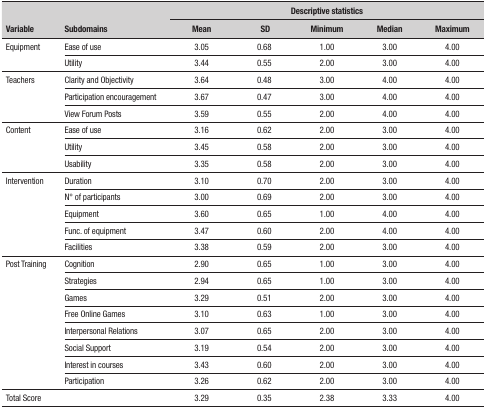
| <ROWSPAN=2> Variable | <ROWSPAN=2> Subdomains | <COLSPAN=5> Descriptive statistics |
 | Mean | SD | Minimum | Median | Maximum |
 | --- | --- | --- | --- | --- | --- | --- |
 | <ROWSPAN=2> Equipment | Ease of use | 3.05 | 0.68 | 1.00 | 3.00 | 4.00 |
 | Utility | 3.44 | 0.55 | 2.00 | 3.00 | 4.00 |
 | <ROWSPAN=3> Teachers | Clarity and Objectivity | 3.64 | 0.48 | 3.00 | 4.00 | 4.00 |
 | Participation encouragement | 3.67 | 0.47 | 3.00 | 4.00 | 4.00 |
 | View Forum Posts | 3.59 | 0.55 | 2.00 | 4.00 | 4.00 |
 | <ROWSPAN=3> Content | Ease of use | 3.16 | 0.62 | 2.00 | 3.00 | 4.00 |
 | Utility | 3.45 | 0.58 | 2.00 | 3.00 | 4.00 |
 | Usability | 3.35 | 0.58 | 2.00 | 3.00 | 4.00 |
 | <ROWSPAN=5> Intervention | Duration | 3.10 | 0.70 | 2.00 | 3.00 | 4.00 |
 | N° of participants | 3.00 | 0.69 | 2.00 | 3.00 | 4.00 |
 | Equipment | 3.60 | 0.65 | 1.00 | 4.00 | 4.00 |
 | Func. of equipment | 3.47 | 0.60 | 2.00 | 4.00 | 4.00 |
 | Facilities | 3.38 | 0.59 | 2.00 | 3.00 | 4.00 |
 | <ROWSPAN=8> Post Training | Cognition | 2.90 | 0.65 | 1.00 | 3.00 | 4.00 |
 | Strategies | 2.94 | 0.65 | 1.00 | 3.00 | 4.00 |
 | Games | 3.29 | 0.51 | 2.00 | 3.00 | 4.00 |
 | Free Online Games | 3.10 | 0.63 | 1.00 | 3.00 | 4.00 |
 | Interpersonal Relations | 3.07 | 0.65 | 2.00 | 3.00 | 4.00 |
 | Social Support | 3.19 | 0.54 | 2.00 | 3.00 | 4.00 |
 | Interest in courses | 3.43 | 0.60 | 2.00 | 3.00 | 4.00 |
 | Participation | 3.26 | 0.62 | 2.00 | 3.00 | 4.00 |
 | <COLSPAN=2> Total Score | 3.29 | 0.35 | 2.38 | 3.33 | 4.00 |